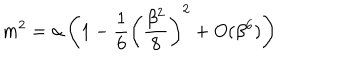
m ^ { 2 } = \alpha \left( 1 - \frac { 1 } { 6 } \left( \frac { \beta ^ { 2 } } { 8 } \right) ^ { 2 } + O ( \beta ^ { 6 } ) \right)